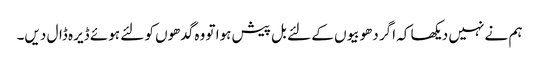
ہم نے نہیں دیکھا کہ اگر دھوبیوں کے لئے بل پیش ہوا تو وہ گدھوں کو لئے ہوئے ڈیرہ ڈال دیں۔